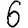
Digit: 6